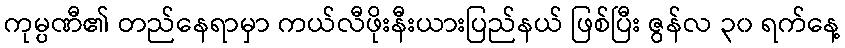
ကုမ္ပဏီ၏ တည်နေရာမှာ ကယ်လီဖိုးနီးယားပြည်နယ် ဖြစ်ပြီး ဇွန်လ ၃၀ ရက်နေ့